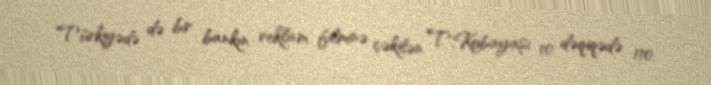
Türkiyədə də bir bankın reklam filminə çəkilən T.Kobayaşi 10 dəqiqədə 110